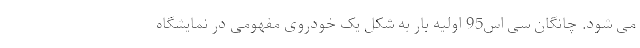
می شود. چانگان سی اس95 اولیه بار به شکل یک خودروی مفهومی در نمایشگاه